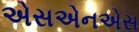
એસએનએસ